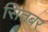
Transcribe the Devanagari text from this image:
सितबर